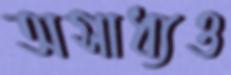
অসাধ্যও